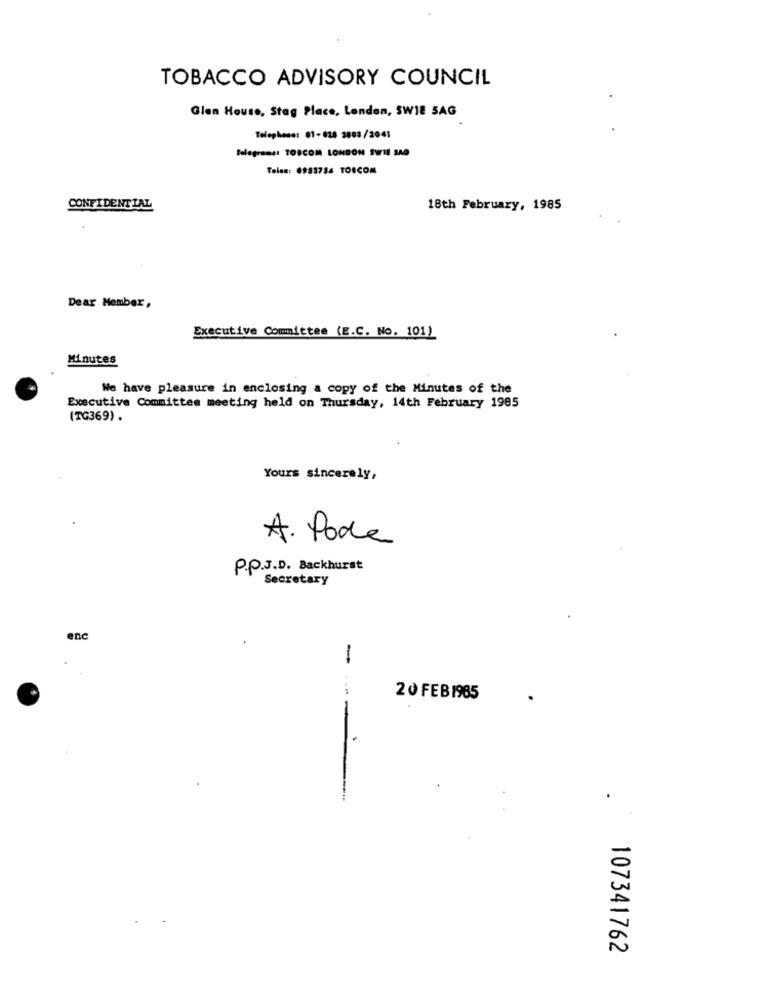
TOBACCO ADVISORY COUNCIL
Glen House, Stag Place, London, SW18 5AG
Telephone: 01-128 2803/2041
Telegrams: TOSCOM LONDON SWIE SAG
Teles: 0983734 TOICOM
CONFIDENTIAL
18th February, 1985
Dear Member ,
Executive Committee (E.C. No. 101)
Minutes
We have pleasure in enclosing a copy of the Minutes of the
Executive Committee meeting held on Thursday, 14th February 1985
(TG369) .
Yours sincerely,
A. Pode
P.P.J.D. Backhurst
Secretary
enc
-
20 FEB 1985
----
107341762